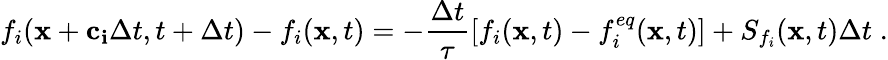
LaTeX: f_{i}(\mathbf{x}+\mathbf{c_{i}}\Delta t,t+\Delta t)-f_{i}(\mathbf{x},t)=-\frac{\Delta t}{\tau}\left[f_{i}(\mathbf{x},t)-f_{i}^{eq}(\mathbf{x},t)\right]+S_{f_{i}}(\mathbf{x},t)\Delta t\; .